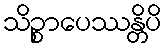
သိဉ္စာပေဿန္တိပိ